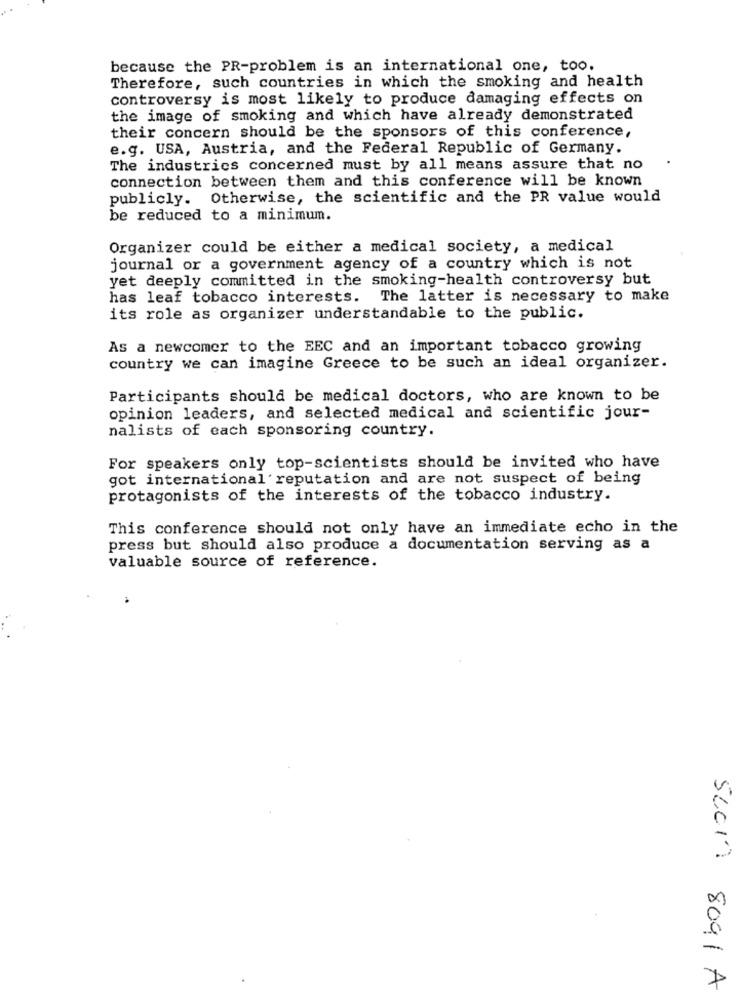
because the PR-problem is an international one, too.
Therefore, such countries in which the smoking and health
controversy is most likely to produce damaging effects on
the image of smoking and which have already demonstrated
their concern should be the sponsors of this conference,
e.g. USA, Austria, and the Federal Republic of Germany.
The industrics concerned must by all means assure that no
connection between them and this conference will be known
publicly. Otherwise, the scientific and the PR value would
be reduced to a minimum.
Organizer could be either a medical society, a medical
journal or a government agency of a country which is not
yet deeply committed in the smoking-health controversy but
has leaf tobacco interests. The latter is necessary to make
its role as organizer understandable to the public.
As a newcomer to the EEC and an important tobacco growing
country we can imagine Greece to be such an ideal organizer.
Participants should be medical doctors, who are known to be
opinion leaders, and selected medical and scientific jour-
nalists of each sponsoring country.
For speakers only top-scientists should be invited who have
got international reputation and are not suspect of being
protagonists of the interests of the tobacco industry.
This conference should not only have an immediate echo in the
press but should also produce a documentation serving as a
valuable source of reference.
52017 8091 A